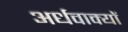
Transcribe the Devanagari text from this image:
अर्धवाक्यों